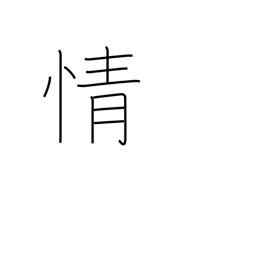
Meaning: emotion